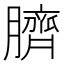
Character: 臍